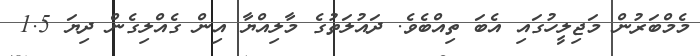
މެމްބަރުން މަޖިލީހުގައި އެބަ ތިއްބެވެ. ދައުލަތުގެ މާލިއްޔާ އިން ގެއްލިގެން ދިޔަ 1.5